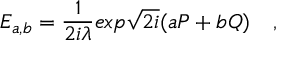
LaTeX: E _ { a , b } = { \frac { 1 } { 2 i \lambda } } e x p \sqrt { 2 i } ( a P + b Q ) \quad ,